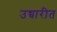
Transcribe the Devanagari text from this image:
उच्चारीत